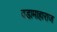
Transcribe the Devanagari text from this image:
वडामाहाराज